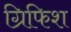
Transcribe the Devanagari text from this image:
ग्रिफिश